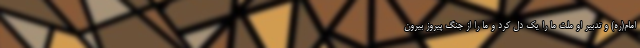
امام(ره) و تدبیر او ملت ما را یک دل کرد و ما را از جنگ پیروز بیرون